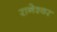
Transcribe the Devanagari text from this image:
रानेश्वर